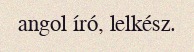
angol író, lelkész.